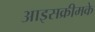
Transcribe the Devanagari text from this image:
आइसक्रीमके